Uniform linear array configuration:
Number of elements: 8
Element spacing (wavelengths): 0.75
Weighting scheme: binomial
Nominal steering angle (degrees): -45
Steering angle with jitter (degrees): -46.276
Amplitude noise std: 0.05
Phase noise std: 0.05

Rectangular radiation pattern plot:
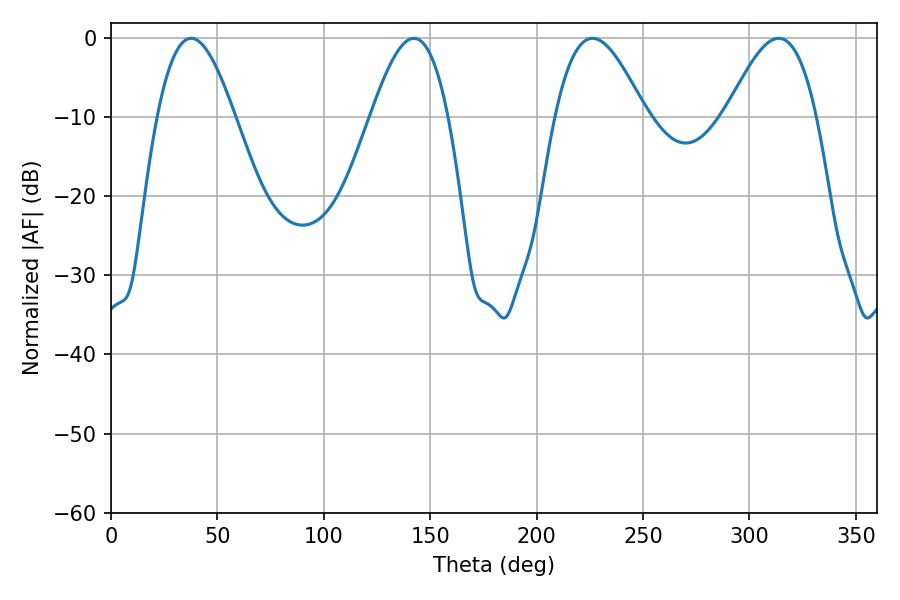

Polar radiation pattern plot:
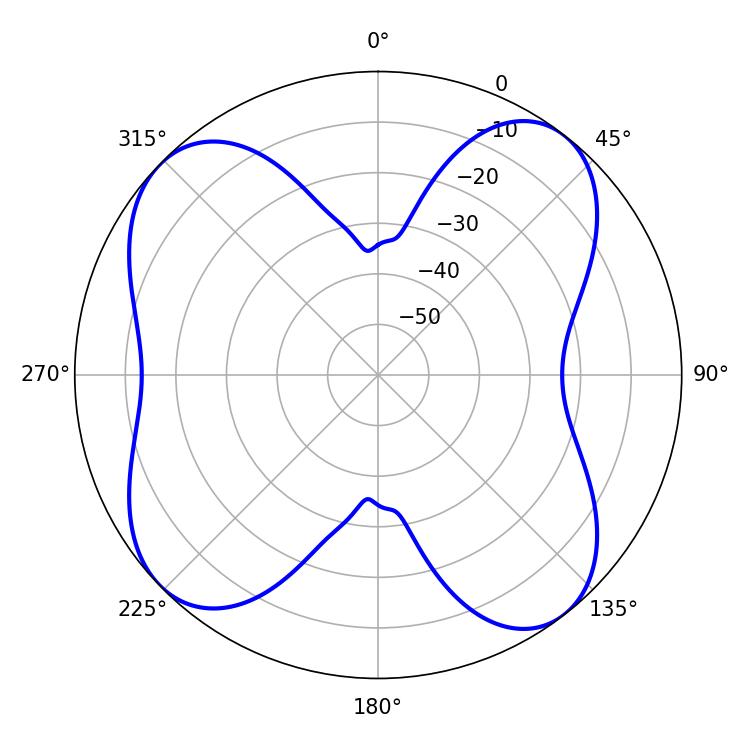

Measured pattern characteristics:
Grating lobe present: TRUE
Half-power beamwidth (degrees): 22.86
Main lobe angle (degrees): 226.26